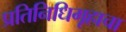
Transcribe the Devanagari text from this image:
प्रतिनिधिगृहाचा